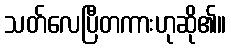
သတ်လေပြီတကားဟုဆို၏။